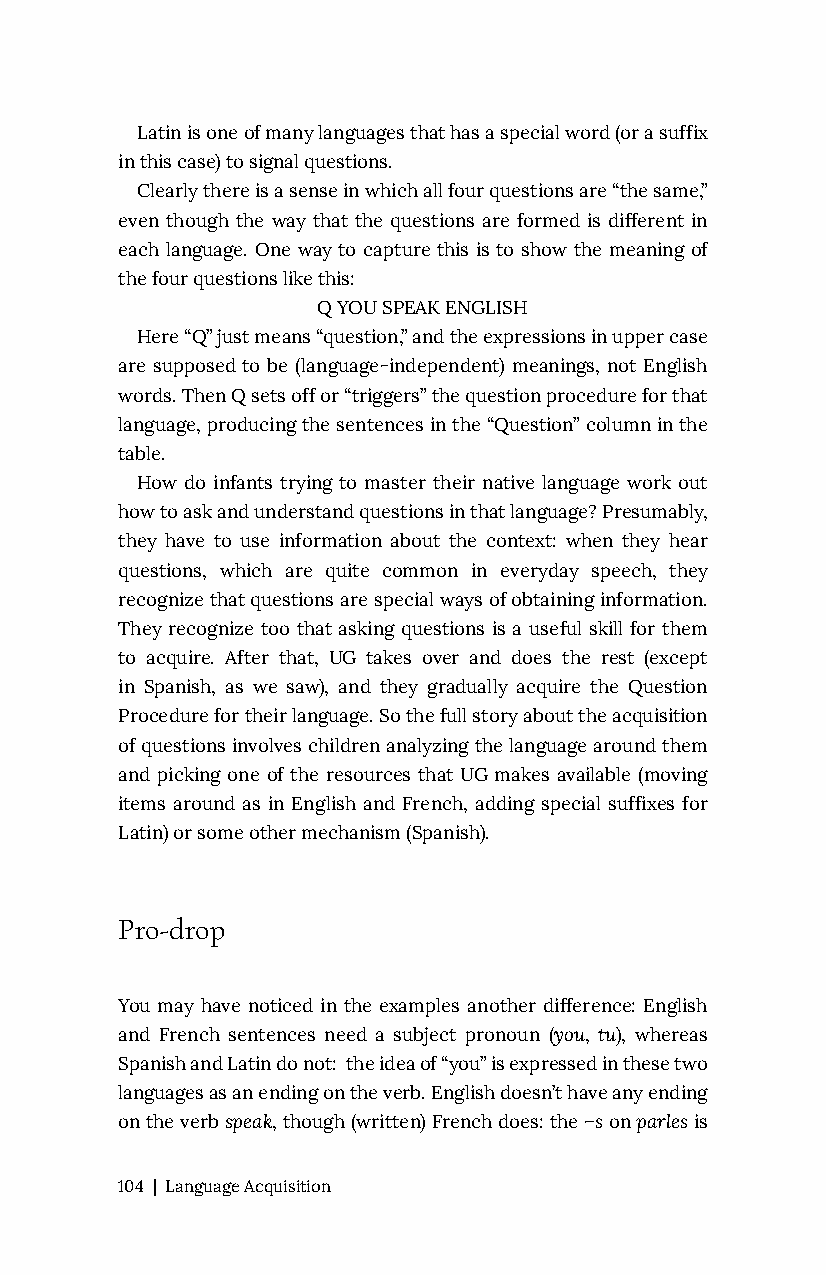
Latin is one of many languages that has a special word (or a suffix
 in this case) to signal questions.
 Clearly there is a sense in which all four questions are “the same,”
 even though the way that the questions are formed is different in
 each language. One way to capture this is to show the meaning of
 the four questions like this:
 Q YOU SPEAK ENGLISH
 Here “Q” just means “question,” and the expressions in upper case
 are supposed to be (language-independent) meanings, not English
 words. Then Q sets off or “triggers” the question procedure for that
 language, producing the sentences in the “Question” column in the
 table.
 How do infants trying to master their native language work out
 how to ask and understand questions in that language? Presumably,
 they have to use information about the context: when they hear
 questions, which are quite common in everyday speech, they
 recognize that questions are special ways of obtaining information.
 They recognize too that asking questions is a useful skill for them
 to acquire. After that, UG takes over and does the rest (except
 in Spanish, as we saw), and they gradually acquire the Question
 Procedure for their language. So the full story about the acquisition
 of questions involves children analyzing the language around them
 and picking one of the resources that UG makes available (moving
 items around as in English and French, adding special suffixes for
 Latin) or some other mechanism (Spanish).
 Pro-drop
 You may have noticed in the examples another difference: English
 and French sentences need a subject pronoun (you, tu), whereas
 Spanish and Latin do not: the idea of “you” is expressed in these two
 languages as an ending on the verb. English doesn’t have any ending
 on the verb speak, though (written) French does: the –s on parles is
 104 | Language Acquisition